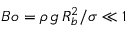
B o = \rho \, g \, R _ { b } ^ { 2 } / \sigma \ll 1